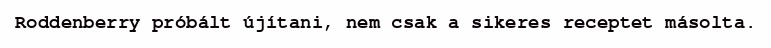
Roddenberry próbált újítani, nem csak a sikeres receptet másolta.